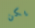
يكن